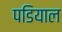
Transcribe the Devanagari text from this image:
पडियाल